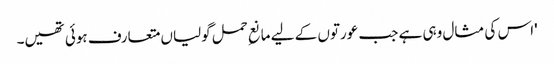
'اس کی مثال وہی ہے جب عورتوں کے لیے مانعِ حمل گولیاں متعارف ہوئی تھیں۔